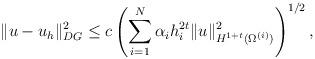
LaTeX: \begin{align*} \|u-u_{h} \|_{DG}^{2} \leq c \left(\sum_{i=1}^{N} \alpha_{i} h_{i}^{2t}\|u\|^{2}_{H^{1+t}(\Omega^{(i)})}\right)^{1/2},\end{align*}